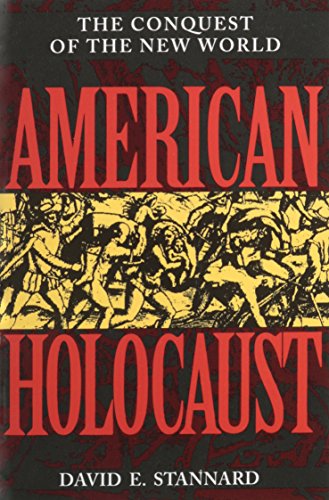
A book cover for American Holocaust: The Conquest of the New World; David E. Stannard; History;